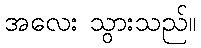
အလေး သွားသည်။